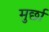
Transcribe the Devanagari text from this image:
मुर्छा